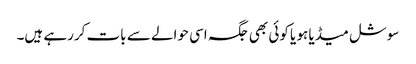
سوشل میڈیا ہو یا کوئی بھی جگہ اسی حوالے سے بات کررہے ہیں۔